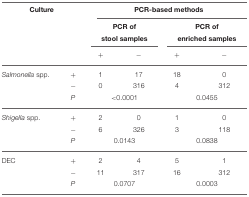
| <COLSPAN=2> Culture | <COLSPAN=4> PCR-based methods |
 |  |  | <COLSPAN=2> PCR of stool samples | <COLSPAN=2> PCR of enriched samples |
 | <COLSPAN=2>  | + | − | + | − |
 | --- | --- | --- | --- | --- | --- |
 | Salmonella spp. | + | 1 | 17 | 18 | 0 |
 |  | − | 0 | 316 | 4 | 312 |
 |  | P | <COLSPAN=2> < 0.0001 | <COLSPAN=2> 0.0455 |
 | Shigella spp. | + | 2 | 0 | 1 | 0 |
 |  | − | 6 | 326 | 3 | 118 |
 |  | P | <COLSPAN=2> 0.0143 | <COLSPAN=2> 0.0838 |
 | DEC | + | 2 | 4 | 5 | 1 |
 |  | − | 11 | 317 | 16 | 312 |
 |  | P | <COLSPAN=2> 0.0707 | <COLSPAN=2> 0.0003 |